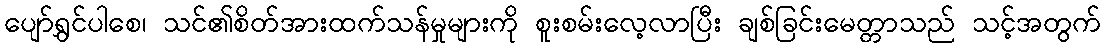
ပျော်ရွှင်ပါစေ၊ သင်၏စိတ်အားထက်သန်မှုများကို စူးစမ်းလေ့လာပြီး ချစ်ခြင်းမေတ္တာသည် သင့်အတွက်